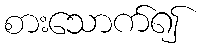
စားသောက်၍